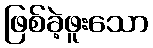
ဖြစ်ခဲ့ဖူးသော